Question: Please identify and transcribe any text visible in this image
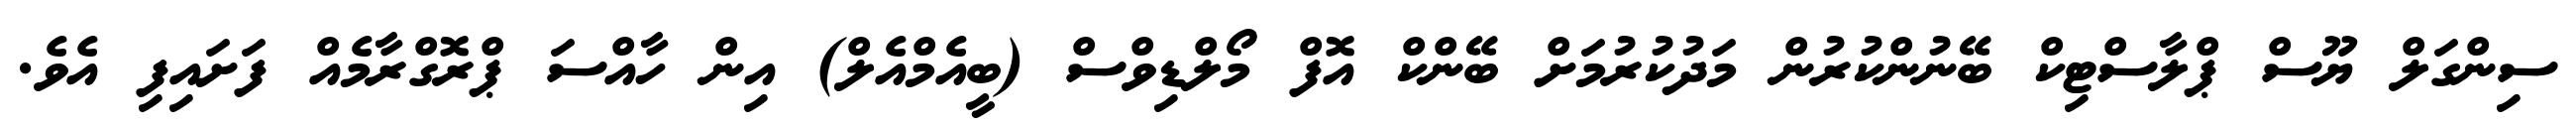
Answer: ސިންގަލް ޔޫސް ޕްލާސްޓިކް ބޭނުންކުރުން މަދުކުރުމަށް ބޭންކް އޮފް މޯލްޑިވްސް (ބީއެމްއެލް) އިން ހާއްސަ ޕްރޮގްރާމެއް ފަށައިފި އެވެ.